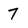
Character: 7